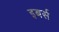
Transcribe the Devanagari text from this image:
इबर्स